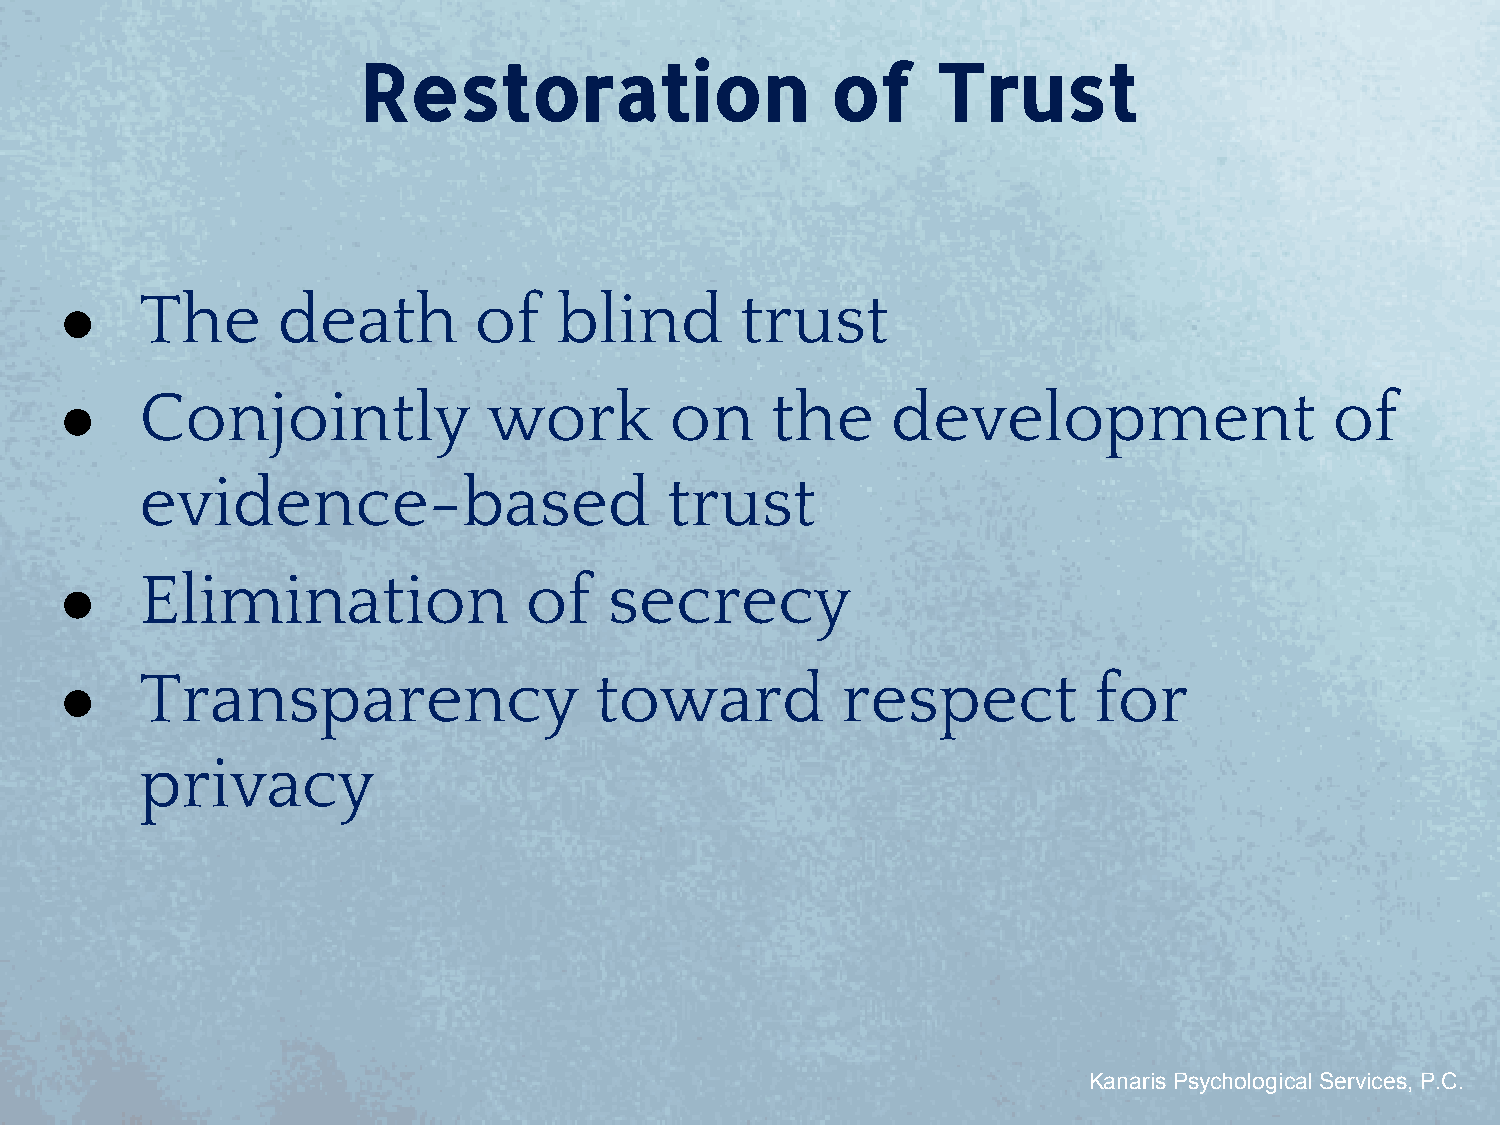
Restoration                    of     Trust
 ●    The      death        of    blind       trust
 ●    Conjointly             work        on     the     development                  of
 evidence-based                     trust
 ●    Elimination               of   secrecy
 ●    Transparency                  toward           respect         for
 privacy
 Kanaris Psychological Services, P.C.